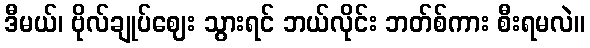
ဒီမယ်၊ ဗိုလ်ချုပ်ဈေး သွားရင် ဘယ်လိုင်း ဘတ်စ်ကား စီးရမလဲ။